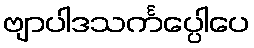
ဗျာပါဒသင်္ကပ္ပေါပေ